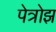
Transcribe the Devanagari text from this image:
पेत्रोझ